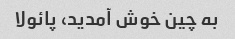
به چین خوش آمدید، پائولا